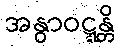
အနွာဝဋ္ဋန္တိ